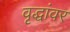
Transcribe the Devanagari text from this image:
वृद्धांवर